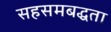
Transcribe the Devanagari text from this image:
सहसमबद्धता